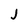
Character: j